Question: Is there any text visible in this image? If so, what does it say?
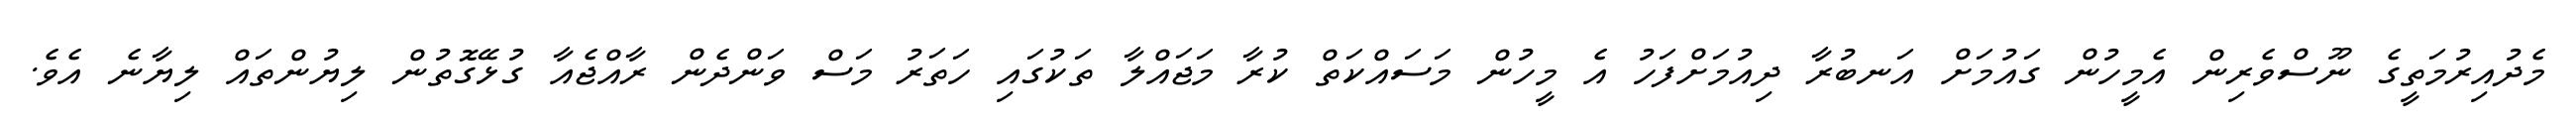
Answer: މެދުއިރުމަތީގެ ނޫސްވެރިން އެމީހުން ގައުމަށް އަނބުރާ ދިއުމަށްފަހު އެ މީހުން މަސައްކަތް ކުރާ މަޖައްލާ ތަކުގައި ހަތަރު މަސް ވަންދެން ރާއްޖެއާ ގުޅޭގޮތުން ލިޔުންތައް ލިޔާނެ އެވެ.